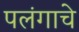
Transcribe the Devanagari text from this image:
पलंगाचे